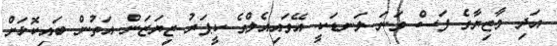
އަދި މާޒިޔާގެ ފަސް ވަނަ ލަނޑަކީ އޭވައިއެލްގެ ކީޕަރު ޒިޔަޒަން އަތުން ބައިކޮޅަށް